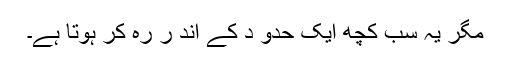
مگر یہ سب کچھ ایک حدو د کے اند ر رہ کر ہوتا ہے۔